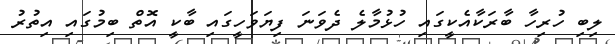
ލިބި ހުރިހާ ބާރަކާއެކީގައި ހުޅުމާލެ ދެވަނަ ފިޔަވަހީގައި ބާކީ އޮތް ބިމުގައި އިތުރު